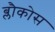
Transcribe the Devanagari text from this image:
ब्लौकोस